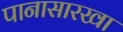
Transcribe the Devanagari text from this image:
पानासारखा